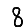
Digit: 8